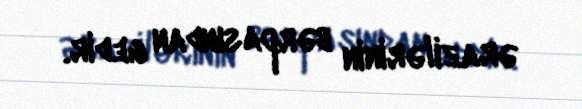
ərazilərinin bərpasından gedir.